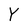
Character: Y